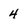
Character: 4